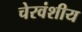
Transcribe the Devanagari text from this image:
चेरवंशीय